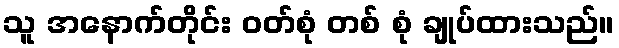
သူ အနောက်တိုင်း ဝတ်စုံ တစ် စုံ ချုပ်ထားသည်။